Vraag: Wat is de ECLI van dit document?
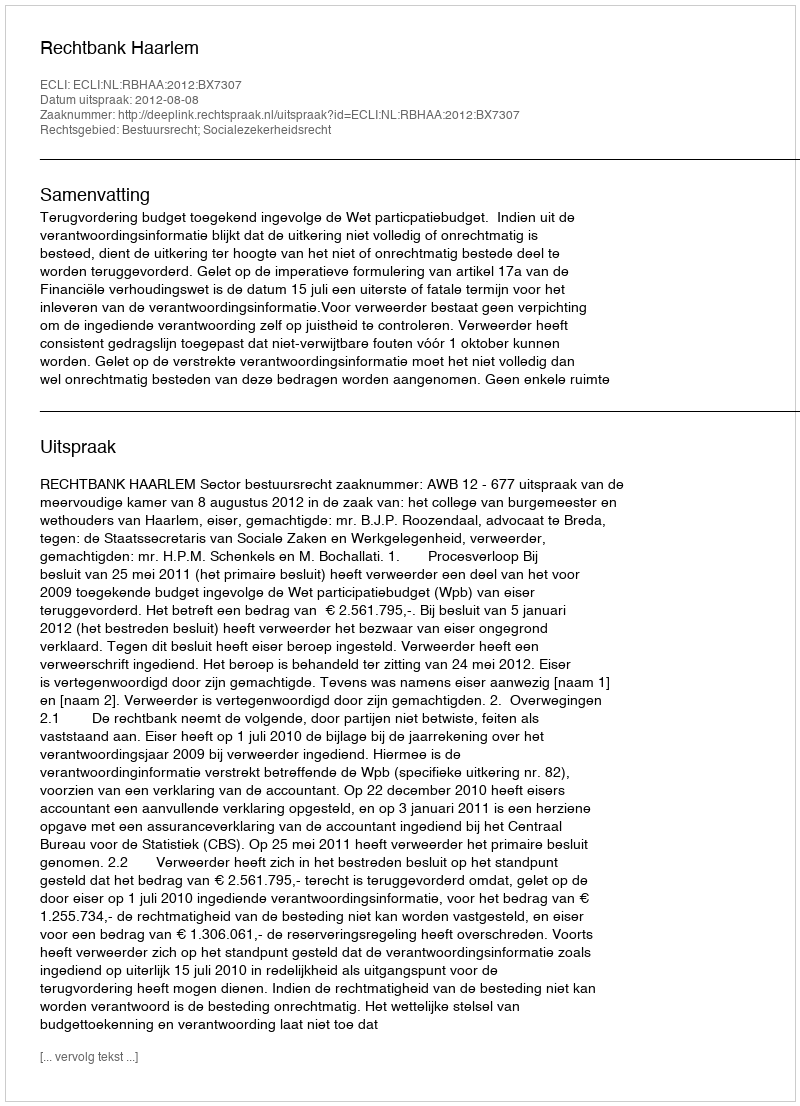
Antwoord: ECLI:NL:RBHAA:2012:BX7307